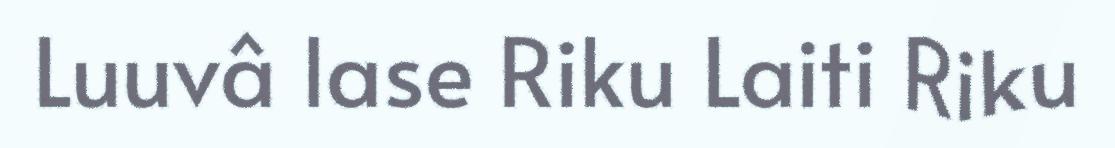
Luuvâ lase Riku Laiti Riku